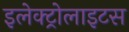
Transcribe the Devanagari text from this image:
इलेक्ट्रोलाइटस